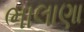
ભાલાણા